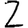
Digit: 2